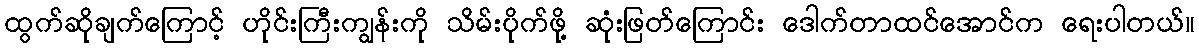
ထွက်ဆိုချက်ကြောင့် ဟိုင်းကြီးကျွန်းကို သိမ်းပိုက်ဖို့ ဆုံးဖြတ်ကြောင်း ဒေါက်တာထင်အောင်က ရေးပါတယ်။